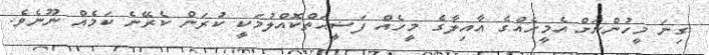
ގިނަ މީހުންނަށް އެމީހެއްގެ އާއިލާގެ މީހެއް ފަޟީޙަތްކޮއްލުމަކީ ކުރަން ކެރޭނެ ކަމެއް ނޫނެވެ.